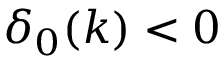
\delta _ { 0 } ( k ) < 0